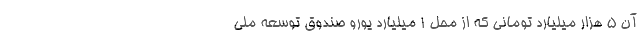
آن ۵ هزار میلیارد تومانی که از محل ۱ میلیارد یورو صندوق توسعه ملی